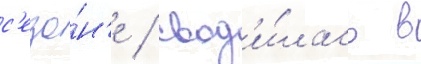
с'езо́н'е / свод'и́лась в